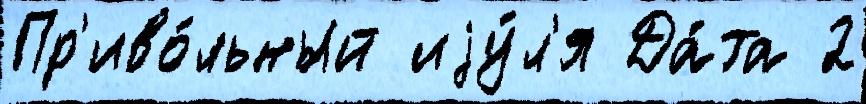
Пр'иво́льный иjу́л'я Да́та 2